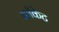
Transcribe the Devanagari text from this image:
कॉकेट